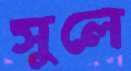
সুলে